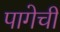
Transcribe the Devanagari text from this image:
पागेची